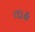
તાહ